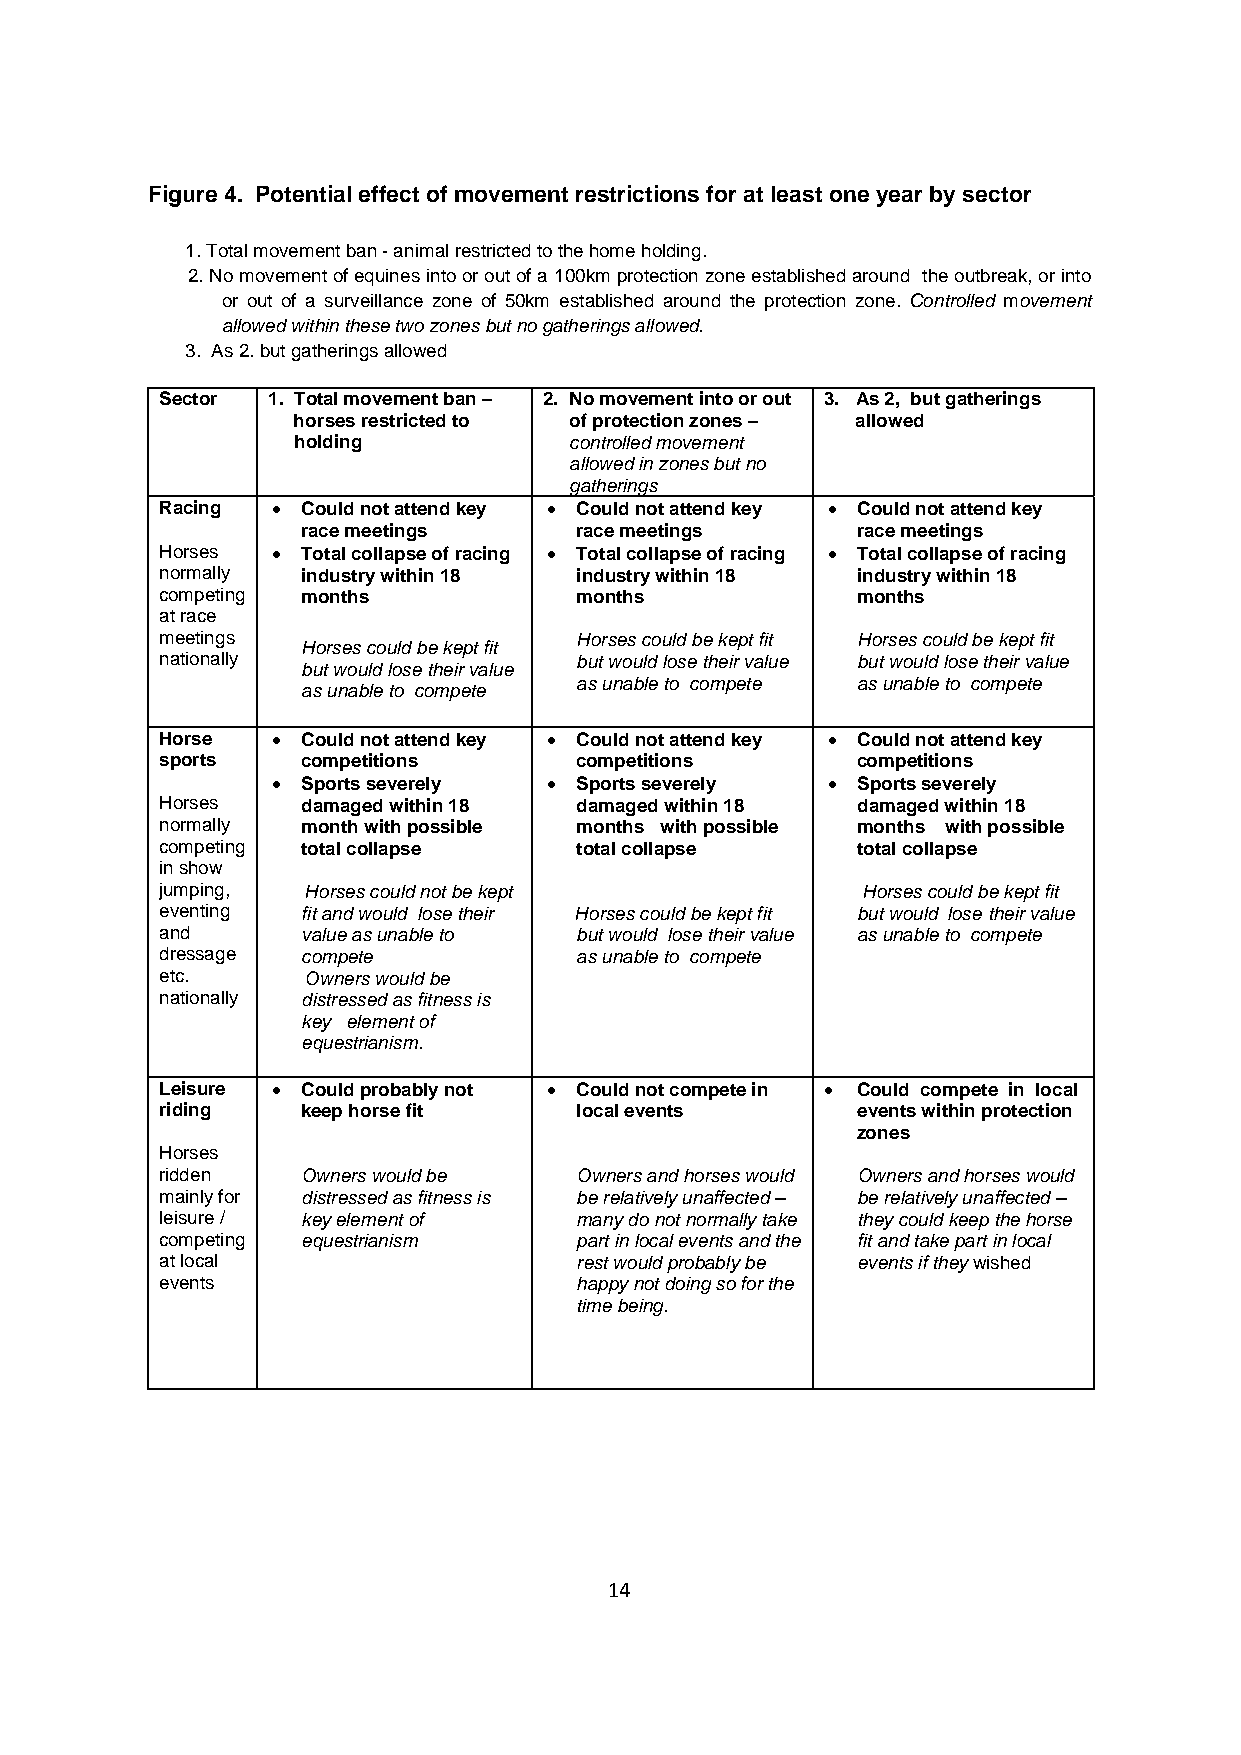
Figure 4. Potential effect of movement restrictions for at least one year by sector
 1. Total movement ban - animal restricted to the home holding.
 2. No movement of equines into or out of a 100km protection zone established around the outbreak, or into
 or out of a surveillance zone of 50km established around the protection zone. Controlled movement
 allowed within these two zones but no gatherings allowed.
 3. As 2. but gatherings allowed
 Sector 1. Total movement ban – 2. No movement into or out 3. As 2, but gatherings
 horses restricted to of protection zones – allowed
 holding            controlled movement
 allowed in zones but no
 gatherings
 Racing • Could not attend key • Could not attend key • Could not attend key
 race meetings     race meetings      race meetings
 Horses • Total collapse of racing • Total collapse of racing • Total collapse of racing
 normally industry within 18 industry within 18 industry within 18
 competing months           months             months
 at race
 meetings                   Horses could be kept fit Horses could be kept fit
 Horses could be kept fit
 nationally                 but would lose their value but would lose their value
 but would lose their value
 as unable to compete as unable to compete
 as unable to compete
 Horse  • Could not attend key • Could not attend key • Could not attend key
 sports   competitions      competitions       competitions
 • Sports severely • Sports severely  • Sports severely
 Horses   damaged within 18 damaged within 18  damaged within 18
 normally month with possible months with possible months with possible
 competing total collapse   total collapse     total collapse
 in show
 jumping, Horses could not be kept             Horses could be kept fit
 eventing fit and would lose their Horses could be kept fit but would lose their value
 and      value as unable to but would lose their value as unable to compete
 dressage compete           as unable to compete
 etc.     Owners would be
 nationally distressed as fitness is
 key element of
 equestrianism.
 Leisure • Could probably not • Could not compete in • Could compete in local
 riding   keep horse fit    local events       events within protection
 zones
 Horses
 ridden   Owners would be   Owners and horses would Owners and horses would
 mainly for distressed as fitness is be relatively unaffected – be relatively unaffected –
 leisure / key element of   many do not normally take they could keep the horse
 competing equestrianism    part in local events and the fit and take part in local
 at local                   rest would probably be events if they wished
 events                     happy not doing so for the
 time being.
 14